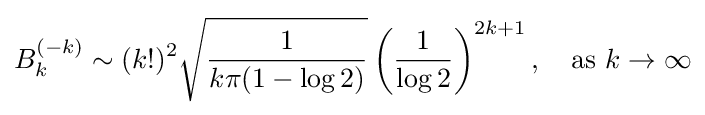
B_{k}^{(-k)}\sim (k!)^{2}{\sqrt {\frac {1}{k\pi (1-\log 2)}}}\left({\frac {1}{\log 2}}\right)^{2k+1},\quad {\text{as }}k\rightarrow \infty